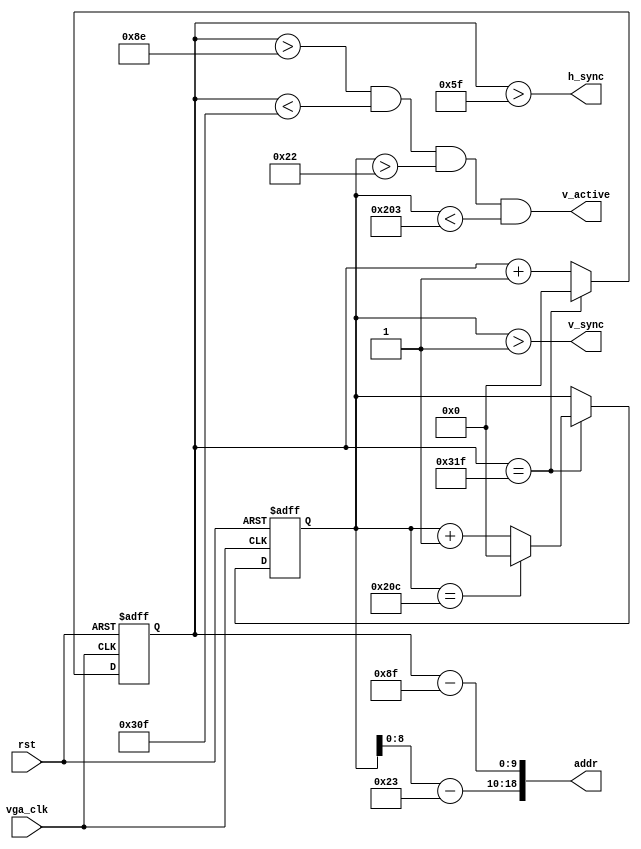
module vga_core(
                vga_clk, 
                rst, 
                addr,
                v_active,
                h_sync, 
                v_sync
                ); 
	input              	vga_clk;                
	input              	rst;
	output     	[18: 0] addr;                   
	output             	v_active;               
	output             	h_sync, v_sync;         
	reg [9:0] h_count = 0; 
	always @ (posedge vga_clk or posedge rst) begin
		if (rst) begin
			h_count <= 10'h0;
		end else if (h_count == 10'd799) begin
			h_count <= 10'h0;
		end else begin
			h_count <= h_count + 10'h1;
		end
	end
	reg [9:0] v_count = 0; 
	always @ (posedge vga_clk or posedge rst) begin
		if (rst) begin
			v_count <= 10'h0;
		end else if (h_count == 10'd799) begin
			if (v_count == 10'd524) begin
				v_count <= 10'h0;
			end else begin
				v_count <= v_count + 10'h1;
			end
		end
	end
	wire h_sync 		= (h_count > 10'd95);          
	wire v_sync 		= (v_count > 10'd1);           
	wire v_active 		= (h_count > 10'd142) &&     
						  (h_count < 10'd783) &&     
						  (v_count > 10'd34) &&      
						  (v_count < 10'd515);       
	wire [ 9: 0] col   	= h_count - 10'd143;    
	wire [ 9: 0] row   	= v_count - 10'd35;     
	wire [18: 0] addr  	= {row[ 8: 0], col};    
endmodule